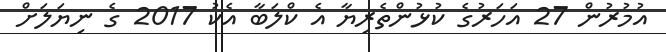
އުމުރުން 27 އަހަރުގެ ކުޅުންތެރިޔާ އެ ކްލަބާ އެކު 2017 ގެ ނިޔަލަށް